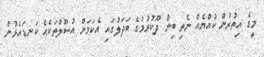
މީގެ އިތުރުން ކުއްޔެއް ނެތި ބިން ދޫކުރުމުގެ ބަދަލުގައި އެކަމަށް އުސޫލްތަކެއް ކަނޑައެޅުން